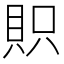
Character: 𧵙